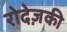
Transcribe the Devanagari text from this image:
रोदेज़की